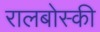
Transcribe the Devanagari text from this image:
रालबोस्की